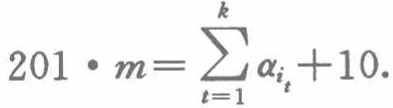
\(201\cdot m=\sum_{t = 1}^{k} \alpha_{i_t}+10.\)